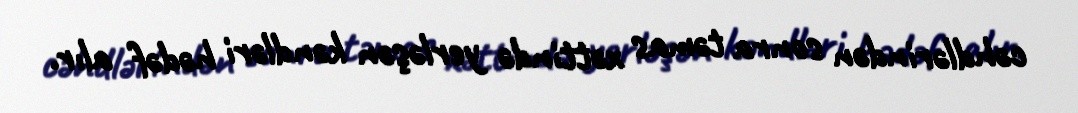
cəhdlərindən sonra təmas xəttində yerləşən kəndləri hədəf alır.